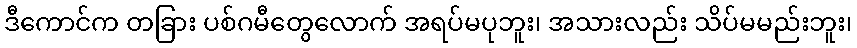
ဒီကောင်က တခြား ပစ်ဂမီတွေလောက် အရပ်မပုဘူး၊ အသားလည်း သိပ်မမည်းဘူး၊